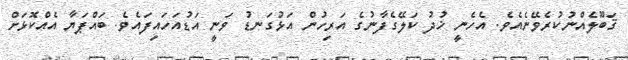
ޤަބޫލެއްނުކުރެވޭނެއެވެ. އެހެނީ ޚުދު ކަލޭގެފާނުގެ އަރިހުން އަޅުގަނޑު ވަނީ އަޑުއަހައިފައެވެ. ބައްޕަޔާ އެއްކޮޅަށް